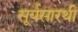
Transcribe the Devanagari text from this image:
सूर्यसारथी